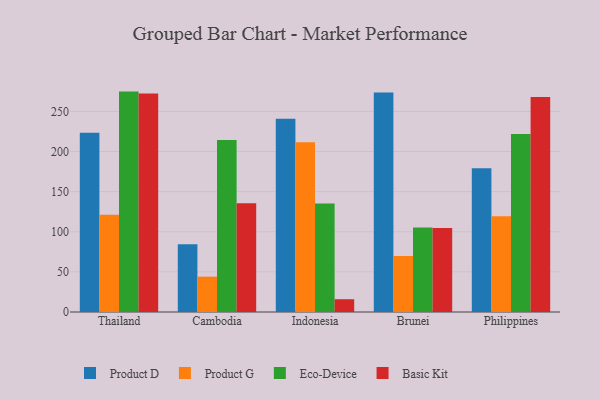
{"axis": {"x": "Country", "y": "Backlog"}, "legend": ["Basic Kit", "Eco-Device", "Product D", "Product G"], "data": [{"x": "Thailand", "y": 223.5, "type": "Product D"}, {"x": "Thailand", "y": 121.3, "type": "Product G"}, {"x": "Thailand", "y": 274.7, "type": "Eco-Device"}, {"x": "Thailand", "y": 272.4, "type": "Basic Kit"}, {"x": "Cambodia", "y": 84.5, "type": "Product D"}, {"x": "Cambodia", "y": 44.1, "type": "Product G"}, {"x": "Cambodia", "y": 214.5, "type": "Eco-Device"}, {"x": "Cambodia", "y": 135.5, "type": "Basic Kit"}, {"x": "Indonesia", "y": 240.8, "type": "Product D"}, {"x": "Indonesia", "y": 211.7, "type": "Product G"}, {"x": "Indonesia", "y": 135.2, "type": "Eco-Device"}, {"x": "Indonesia", "y": 15.9, "type": "Basic Kit"}, {"x": "Brunei", "y": 273.5, "type": "Product D"}, {"x": "Brunei", "y": 69.7, "type": "Product G"}, {"x": "Brunei", "y": 105.3, "type": "Eco-Device"}, {"x": "Brunei", "y": 104.7, "type": "Basic Kit"}, {"x": "Philippines", "y": 179.1, "type": "Product D"}, {"x": "Philippines", "y": 119.2, "type": "Product G"}, {"x": "Philippines", "y": 221.9, "type": "Eco-Device"}, {"x": "Philippines", "y": 268.1, "type": "Basic Kit"}]}